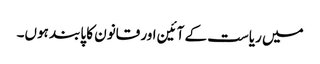
میں ریاست کے آئین اور قانون کا پابند ہوں۔